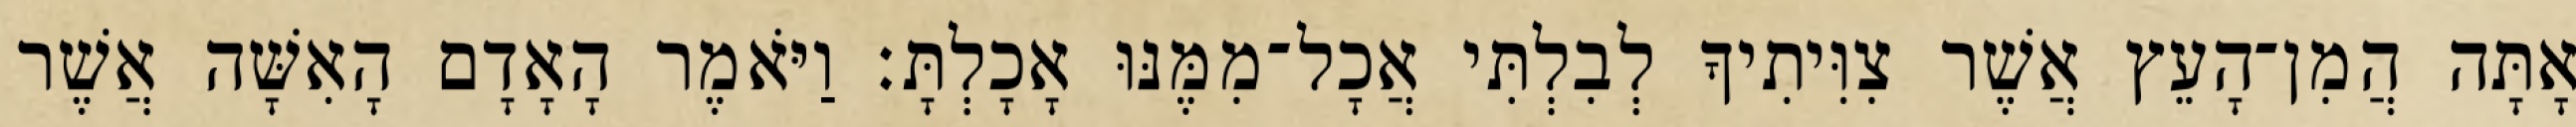
אָתָּה הֲמִן־הָעֵץ אֲשֶׁר צִוִּיתִיךָ לְבִלְתִּי אֲכָל־מִמֶּנּוּ אָכָלְתָּ׃ וַיֹּאמֶר הָאָדָם הָאִשָּׁה אֲשֶׁר